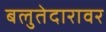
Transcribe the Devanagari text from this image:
बलुतेदारावर